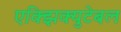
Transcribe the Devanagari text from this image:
एक्झिक्युटेबल